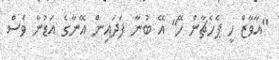
"އާވާޒް ހީ ޕެހެޗާން ހޭ" އޭ ބުނާ ފަދައިން އޭނާގެ އަޑުން ވެސް